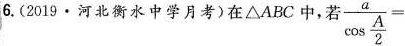
6.(2019·河北衡水中学月考)在△ABC中，若 $$\frac { a } { \cos \frac { A } { 2 } } =